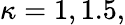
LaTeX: \kappa=1,1.5,